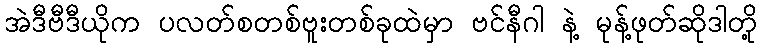
အဲဒီဗီဒီယိုက ပလတ်စတစ်ဗူးတစ်ခုထဲမှာ ဗင်နီဂါ နဲ့ မုန့်ဖုတ်ဆိုဒါတို့